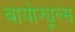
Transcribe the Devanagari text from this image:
बायोफ्यूल्स